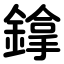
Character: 鎿